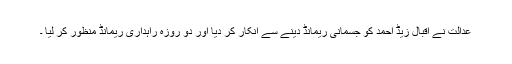
عدالت نے اقبال زیڈ احمد کو جسمانی ریمانڈ دینے سے انکار کر دیا اور دو روزہ راہداری ریمانڈ منظور کر لیا ۔